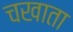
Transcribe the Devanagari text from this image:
चखाता